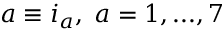
a \equiv i _ { a } , \; a = 1 , . . . , 7